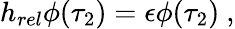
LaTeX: h_{rel}\phi(\tau_{2})=\epsilon\phi(\tau_{2})\ ,